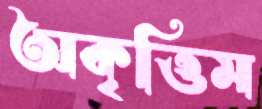
অকৃত্তিম